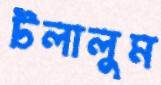
টলালুম